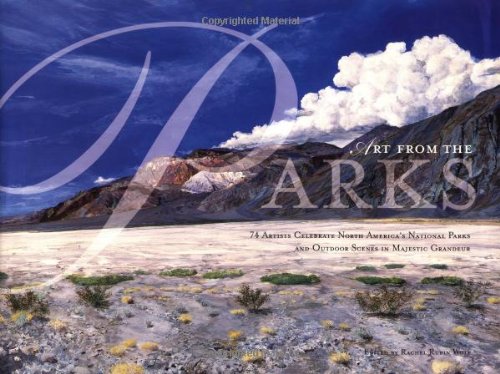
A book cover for Art from the Parks; Philip W. Metzger; Arts & Photography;